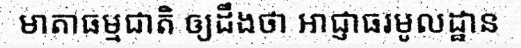
មាតាធម្មជាតិ ឲ្យដឹងថា អាជ្ញាធរមូលដ្ឋាន